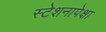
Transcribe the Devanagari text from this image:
स्टेशनापेक्षा